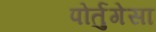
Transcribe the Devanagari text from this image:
पोर्तुगेसा